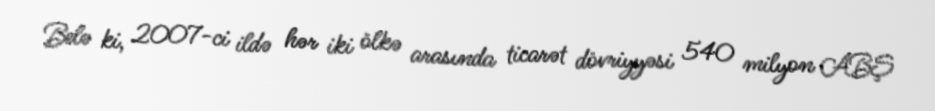
Belə ki, 2007-ci ildə hər iki ölkə arasında ticarət dövriyyəsi 540 milyon ABŞ